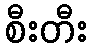
စီးတီး